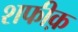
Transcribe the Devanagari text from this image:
शफीक़